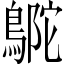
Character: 𪂊